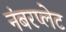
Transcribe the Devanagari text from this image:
नंबरप्लेट